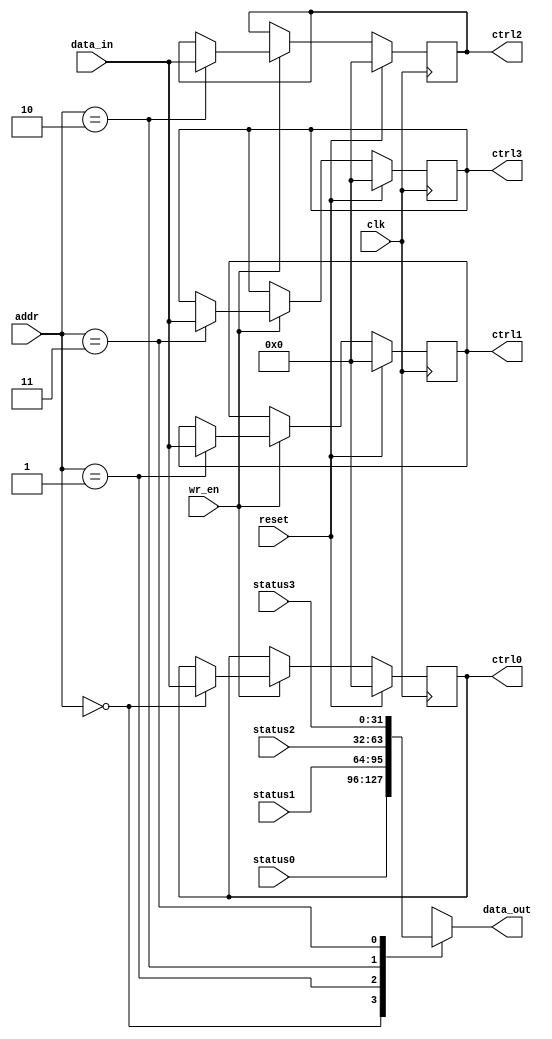
module ctrl_status_regs_4
	#(
		parameter DWIDTH = 32
	)
	(
	input						clk,
	input						reset,
	input		[1:0]			addr,
	input						wr_en,
	input		[DWIDTH-1:0]	data_in,
	
	output	reg	[DWIDTH-1:0]	data_out,
	
	output	reg	[DWIDTH-1:0]	ctrl0,
	output	reg	[DWIDTH-1:0]	ctrl1,
	output	reg	[DWIDTH-1:0]	ctrl2,
	output	reg	[DWIDTH-1:0]	ctrl3,
	
	input		[DWIDTH-1:0]	status0,
	input		[DWIDTH-1:0]	status1,
	input		[DWIDTH-1:0]	status2,
	input		[DWIDTH-1:0]	status3
	
	);

    always @(posedge clk) 
	begin
        if (reset) 
		begin
			ctrl0 <= 0;
			ctrl1 <= 0;
			ctrl2 <= 0;
			ctrl3 <= 0;
        end 
		else if(wr_en)
		begin
			case(addr)
			0:	ctrl0 <= data_in;
			1:	ctrl1 <= data_in;
			2:	ctrl2 <= data_in;
			3:	ctrl3 <= data_in;
			endcase
        end
    end

	always@*
		case(addr)
		0:	data_out = status0;
		1:	data_out = status1;
		2:	data_out = status2;
		3:	data_out = status3;
		endcase

endmodule